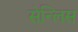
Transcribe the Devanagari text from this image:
सेन्लिस